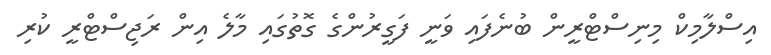
އިސްލާމިކް މިނިސްޓްރީން ބުނެފައި ވަނީ ފަގީރުންގެ ގޮތުގައި މާލެ އިން ރަޖިސްޓްރީ ކުރި